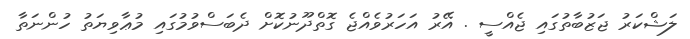
ލަޝްކަރު ޖަޒުބާތުގައި ޖެއްސީ . އޭރު އަހަރުވެއްޖެ ގޮތްދޫނުކޮށް ދެބަސްވުމުގައި މުޢާވިޔަތު ހުންނަތާ